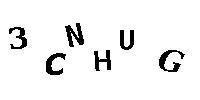
3CNHUG